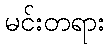
မင်းတရား